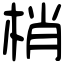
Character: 梢